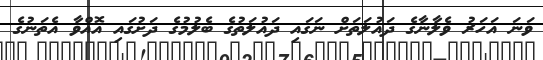
ވަނަ އަހަރު ވެލާނާގެ ދައުލަތަށް ނަގައި ދައުލަތުގެ ބެލުމުގެ ދަށުގައި އޮއްވާ އެތަނުގެ